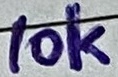
Text: 10k